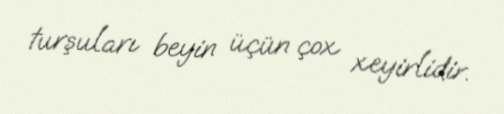
turşuları beyin üçün çox xeyirlidir.